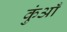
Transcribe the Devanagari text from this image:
कुंआँ